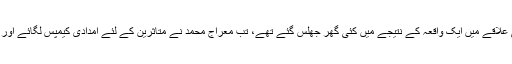
آٹھ سال پہلے جب سرال نامی علاقے میں ایک واقعہ کے نتیجے میں کئی گھر جھلس گئے تھے، تب معراج محمد نے متاثرین کے لئے امدادی کیمپس لگائے اور انہیں روٹی اور کپڑا مہیا کیا۔